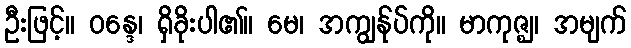
ဦးဖြင့်။ ဝန္ဒေ၊ ရှိခိုးပါ၏။ မေ၊ အကျွန်ုပ်ကို။ မာကုဇ္ဈ၊ အမျက်